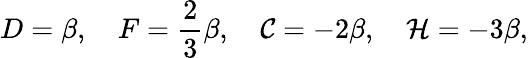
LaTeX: D=\beta,\quad F=\frac{2}{3}\beta,\quad{\cal C}=-2\beta,\quad{\cal H}=-3\beta,